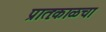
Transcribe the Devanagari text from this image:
प्रातःकाळचा